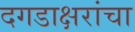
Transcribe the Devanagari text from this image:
दगडाक्षरांचा